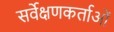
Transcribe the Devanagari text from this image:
सर्वेक्षणकर्ताओं